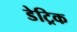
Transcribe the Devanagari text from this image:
डेट्रिक